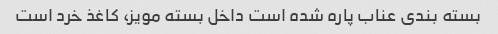
بسته بندی عناب پاره شده است داخل بسته مویز، کاغذ خرد است